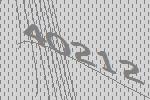
40212